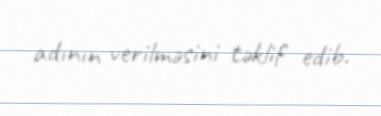
adının verilməsini təklif edib.